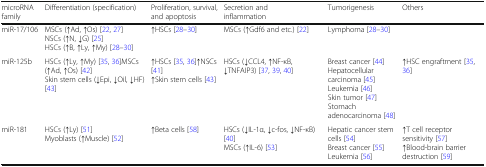
<table><thead><tr><td><b>microRNA family</b></td><td><b>Differentiation (specification)</b></td><td><b>Proliferation, survival, and apoptosis</b></td><td><b>Secretion and inflammation</b></td><td><b>Tumorigenesis</b></td><td><b>Others</b></td></tr></thead><tbody><tr><td>miR-17/106</td><td>MSCs (↑Ad, ↑Os) [22, 27]NSCs (↑N, ↓G) [25]HSCs (↑B, ↑Ly, ↑My) [28–30]</td><td>↑HSCs [28–30]</td><td>MSCs (↑Gdf6 and etc.) [22]</td><td>Lymphoma [28–30]</td><td></td></tr><tr><td>miR-125b</td><td>HSCs (↑Ly, ↑My) [35, 36]MSCs (↑Ad, ↑Os) [42]Skin stem cells (↓Epi, ↓Oil, ↓HF) [43]</td><td>↑HSCs [35, 36]↑NSCs [41]↑Skin stem cells [43]</td><td>HSCs (↓CCL4, ↑NF-κB, ↓TNFAIP3) [37, 39, 40]</td><td>Breast cancer [44]Hepatocellular carcinoma [45]Leukemia [46]Skin tumor [47]Stomach adenocarcinoma [48]</td><td>↑HSC engraftment [35, 36]</td></tr><tr><td>miR-181</td><td>HSCs (↑Ly) [51]Myoblasts (↑Muscle) [52]</td><td>↑Beta cells [58]</td><td>HSCs (↓IL-1α, ↓c-fos, ↓NF-κB) [40]MSCs (↑IL-6) [53]</td><td>Hepatic cancer stem cells [54]Breast cancer [55]Leukemia [56]</td><td>↑T cell receptor sensitivity [57]↑Blood-brain barrier destruction [59]</td></tr></tbody></table>